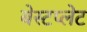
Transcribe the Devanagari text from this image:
बेस्टप्लेट